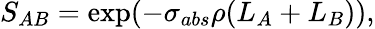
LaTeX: S_{AB}=\exp(-\sigma_{abs}\rho(L_{A}+L_{B})),